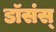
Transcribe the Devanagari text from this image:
डॉसंस्